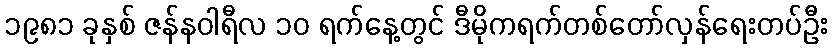
၁၉၈၁ ခုနှစ် ဇန်နဝါရီလ ၁၀ ရက်နေ့တွင် ဒီမိုကရက်တစ်တော်လှန်ရေးတပ်ဦး